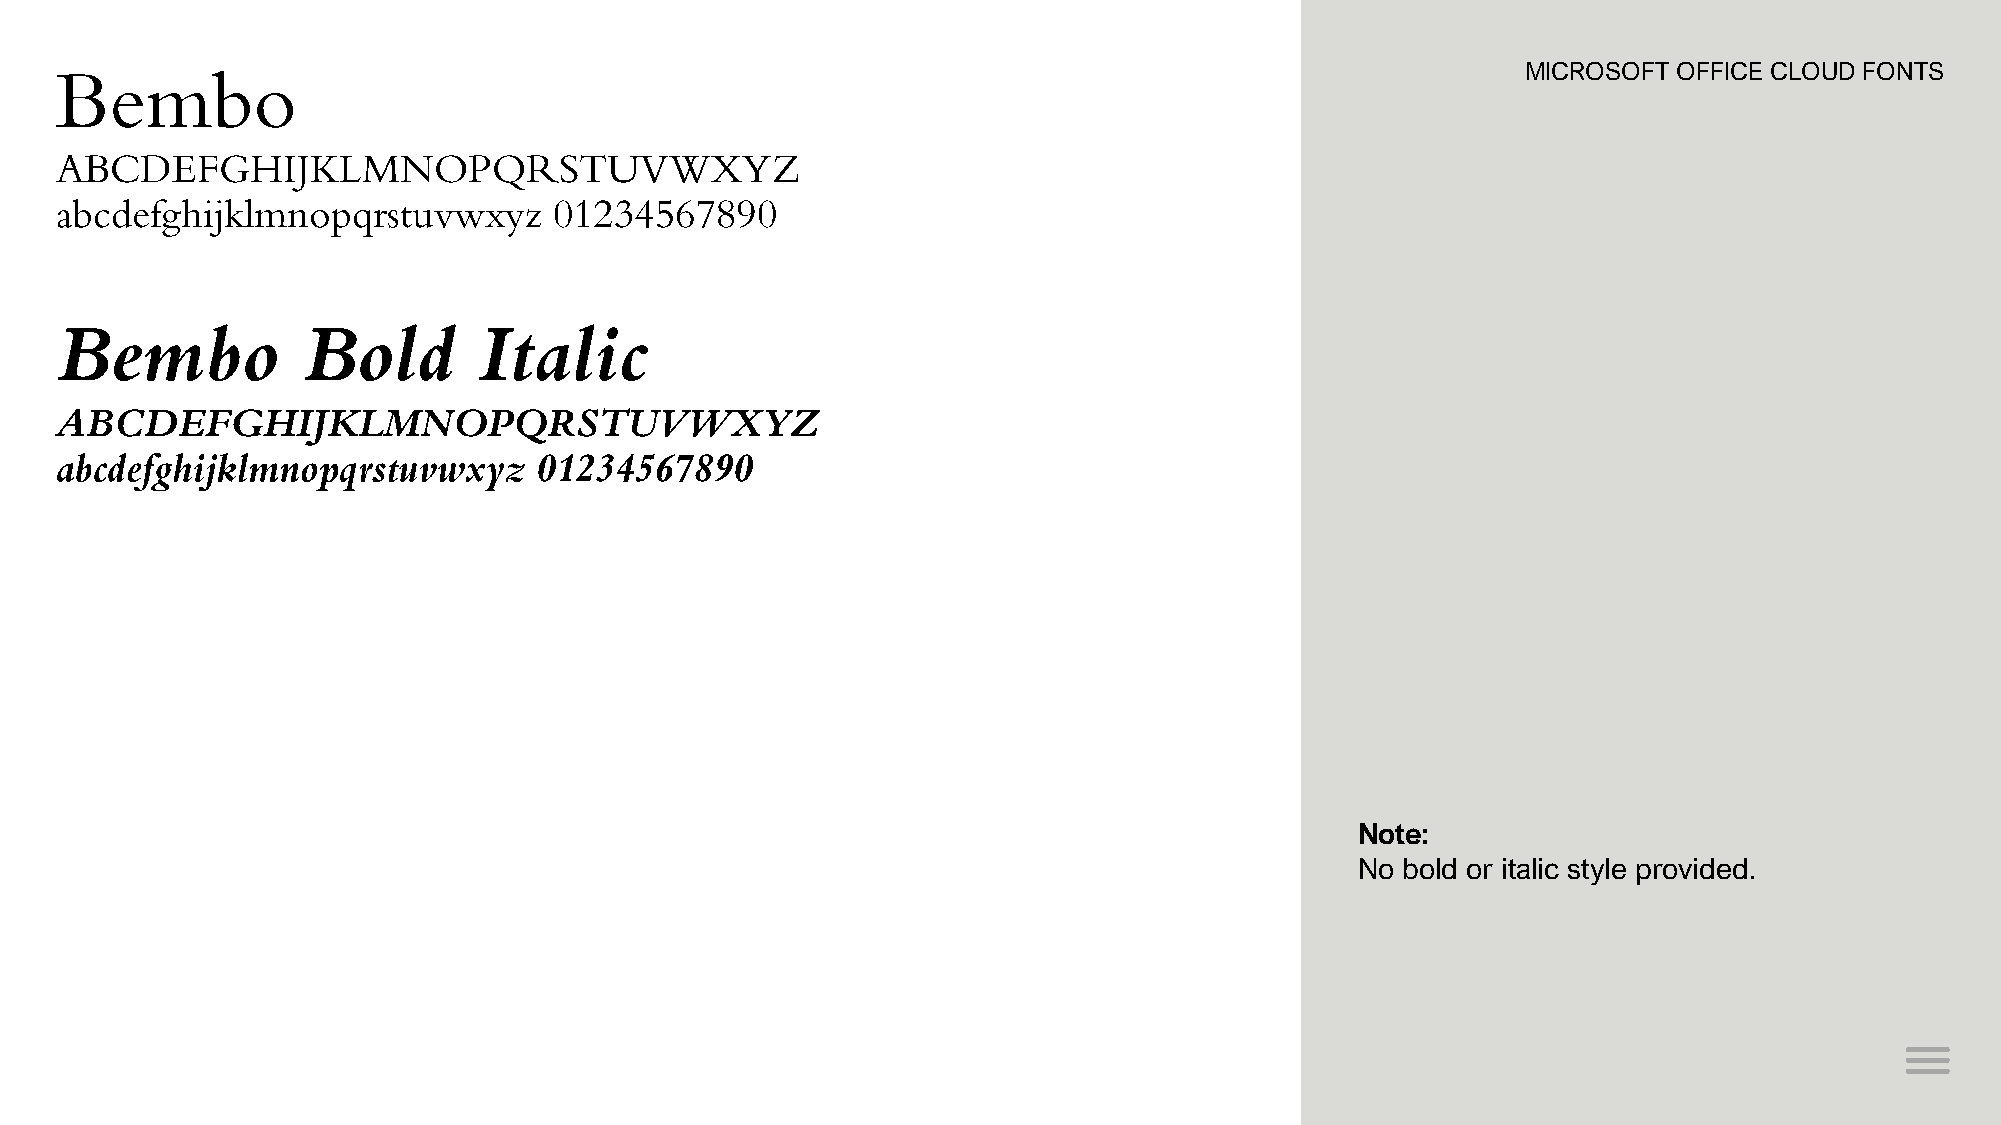
Bembo                                                                                            MICROSOFT OFFICE CLOUD FONTS
 ABCDEFGHIJKLMNOPQRSTUVWXYZ
 abcdefghijklmnopqrstuvwxyz       01234567890
 Bembo           Bold        Italic
 ABCDEFGHIJKLMNOPQRSTUVWXYZ
 abcdefghijklmnopqrstuvwxyz      01234567890
 Note:
 No bold or italic style provided.